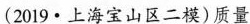
(2019·上海宝山区二模)质量